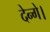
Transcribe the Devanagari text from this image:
देन्गे।